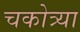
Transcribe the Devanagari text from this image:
चकोत्र्या